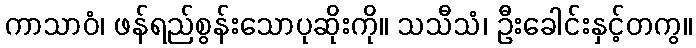
ကာသာဝံ၊ ဖန်ရည်စွန်းသောပုဆိုးကို။ သသီသံ၊ ဦးခေါင်းနှင့်တကွ။